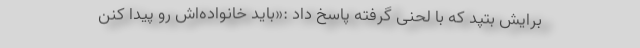
برایش بتپد که با لحنی گرفته پاسخ داد :«باید خانواده‌اش رو پیدا کنن